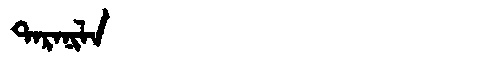
Manchu: ᡨᠠᡵᠠᠨᡳᠯᠠ
Romanization: TARANILA